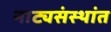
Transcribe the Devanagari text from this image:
नाट्यसंस्थांत